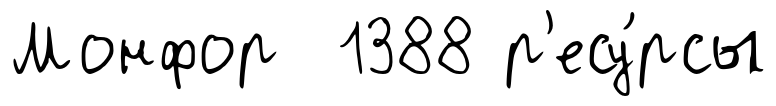
Монфор 1388 р'есу́рсы